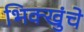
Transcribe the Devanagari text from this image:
भिक्खुंचे